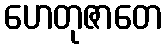
ဟေတုဇာတေ